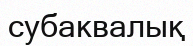
субаквалық